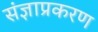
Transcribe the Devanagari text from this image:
संज्ञाप्रकरण